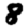
Digit: 8